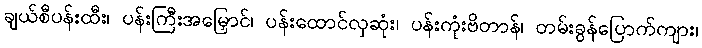
ချယ်စီပန်းထီး၊ ပန်းကြီးအမြှောင်၊ ပန်းထောင်လှဆုံး၊ ပန်းကုံးဗိတာန်၊ တမ်းခွန်ပြောက်ကျား၊